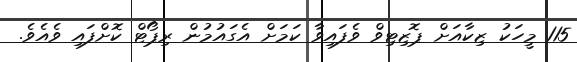
115 މީހަކު ޒިކާއަށް ޕޮޒިޓިވް ވެފައިވާ ކަމަށް އެގައުމުން ރިޕޯޓް ކޮށްފައި ވެއެވެ.